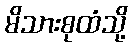
မိသားစုထံသို့